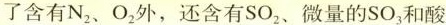
了含有N_{2}、O_{2}外，还含有SO_{2}、微量的SO_{3}和酸